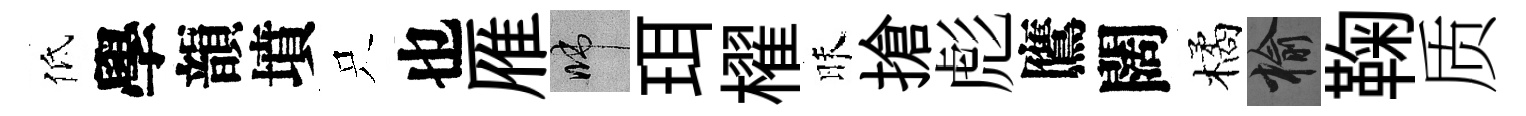
低學韻墳只也雁啼珥櫂昧搶彪鷹闊橘榆鞠质